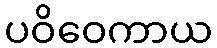
ပဝိဝေကာယ